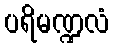
ပရိမဏ္ဍလံ